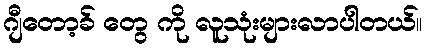
ဂျီတော့ခ် တွေ ကို လူသုံးများလာပါတယ်။